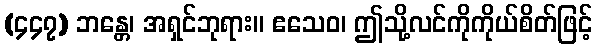
(၄၄၇) ဘန္တေ၊ အရှင်ဘုရား။ ဧသေဝ၊ ဤသို့လင်ကိုကိုယ်စိတ်ဖြင့်